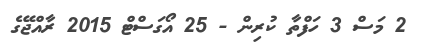
2 މަސް 3 ހަފްތާ ކުރިން - 25 އޯގަސްޓް 2015 ރާއްޖޭގެ